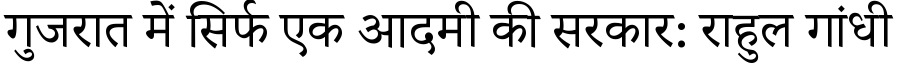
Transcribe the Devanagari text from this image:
गुजरात में सिर्फ एक आदमी की सरकार: राहुल गांधी